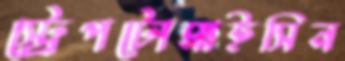
স্ট্রেপটোমাইসিন